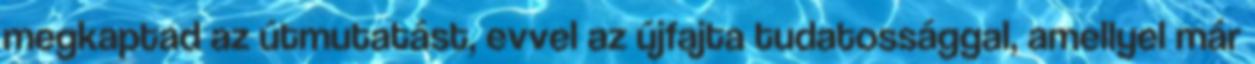
megkaptad az útmutatást, evvel az újfajta tudatossággal, amellyel már